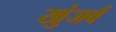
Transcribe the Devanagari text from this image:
खुंजर्ब